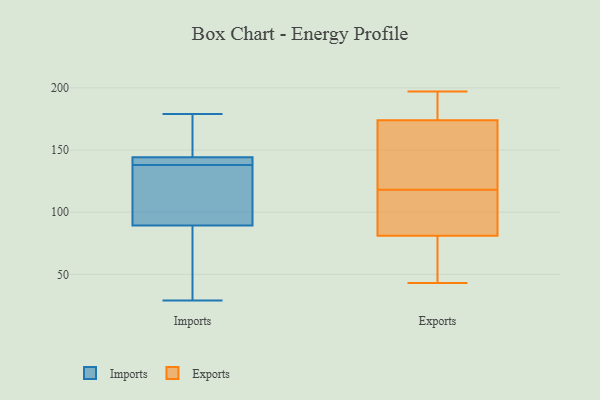
{"axis": {"x": "Active Users", "y": "Value"}, "legend": ["Exports", "Imports"], "data": [{"x": "", "y": 83, "type": "Imports"}, {"x": "", "y": 35, "type": "Imports"}, {"x": "", "y": 146, "type": "Imports"}, {"x": "", "y": 138, "type": "Imports"}, {"x": "", "y": 138, "type": "Imports"}, {"x": "", "y": 108, "type": "Imports"}, {"x": "", "y": 115, "type": "Imports"}, {"x": "", "y": 29, "type": "Imports"}, {"x": "", "y": 179, "type": "Imports"}, {"x": "", "y": 168, "type": "Imports"}, {"x": "", "y": 139, "type": "Imports"}, {"x": "", "y": 110, "type": "Exports"}, {"x": "", "y": 112, "type": "Exports"}, {"x": "", "y": 64, "type": "Exports"}, {"x": "", "y": 176, "type": "Exports"}, {"x": "", "y": 157, "type": "Exports"}, {"x": "", "y": 181, "type": "Exports"}, {"x": "", "y": 43, "type": "Exports"}, {"x": "", "y": 111, "type": "Exports"}, {"x": "", "y": 152, "type": "Exports"}, {"x": "", "y": 124, "type": "Exports"}, {"x": "", "y": 174, "type": "Exports"}, {"x": "", "y": 73, "type": "Exports"}, {"x": "", "y": 81, "type": "Exports"}, {"x": "", "y": 197, "type": "Exports"}]}